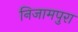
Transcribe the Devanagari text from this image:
निजामपुरा